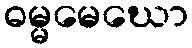
ဓမ္မမေဃော